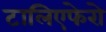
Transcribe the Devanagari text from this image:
टालिएफेरो